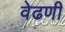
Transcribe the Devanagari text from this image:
वेढणी